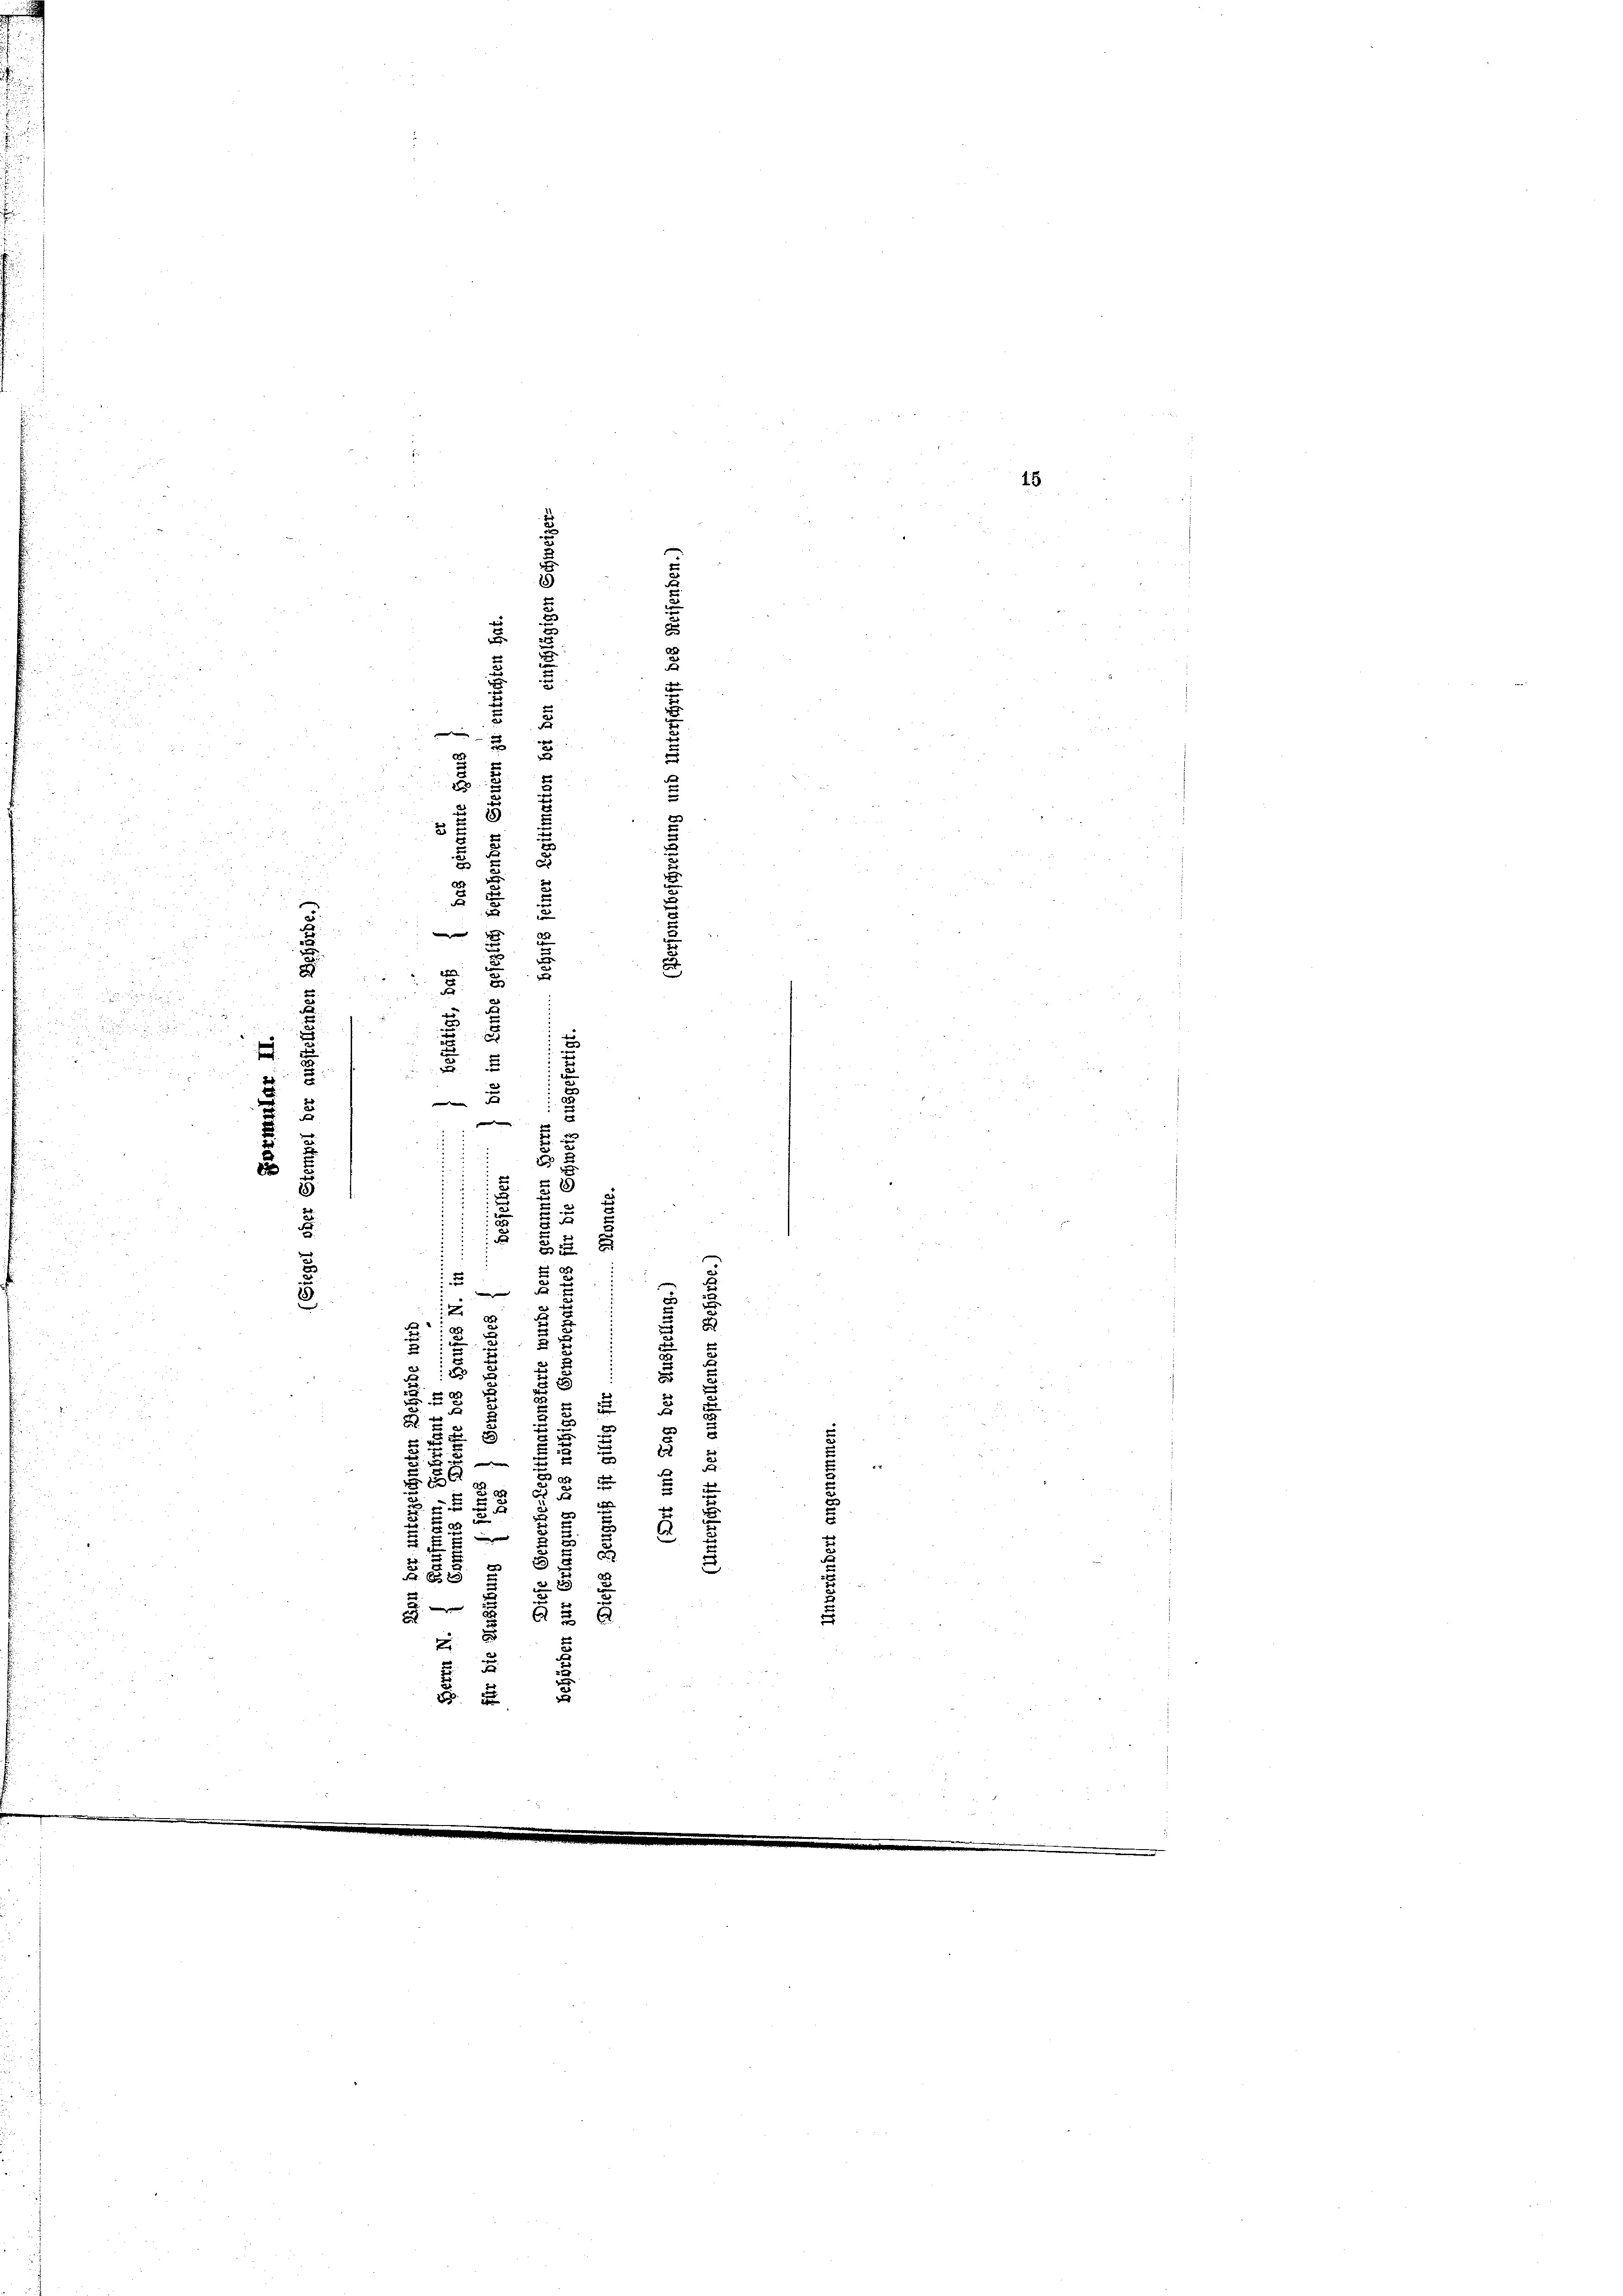
.

22
|

2

5
2 x

2

2
u
r

u
e
2

5

2
a

.
.
2

2
a
u
u
2
55
u

5.
e
Fr
17
x
a
x
 xx
x
2
e

e
5
.
5
e
2
u
2

u
5
u
.
u
c
e
8 x
2
N 52 x
2
2

.
C
2

22 22